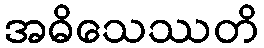
အဓိသေဿတိ